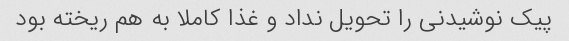
پیک نوشیدنی را تحویل نداد و غذا کاملا به هم ریخته بود